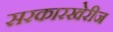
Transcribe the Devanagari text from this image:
सरकारखेरीज